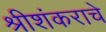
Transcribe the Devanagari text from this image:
श्रीशंकराचे